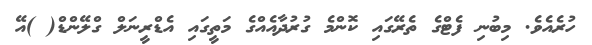
ހުރެއެވެ. މިބުނި ފެޓްގެ ތެރޭގައި ކޮންމެ ގުރުދާއެއްގެ މަތީގައި އެޑްރީނަލް ގްލޭންޑް( )އޭ